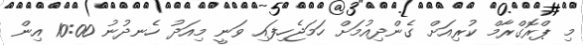
މި ޕްރޮގްރާމް ކުރިއަށް ގެންދިއުމަށް ހަމަޖެހިފައި ވަނީ މިއަދު ހެނދުނު 10:00 އިން